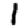
Digit: 1